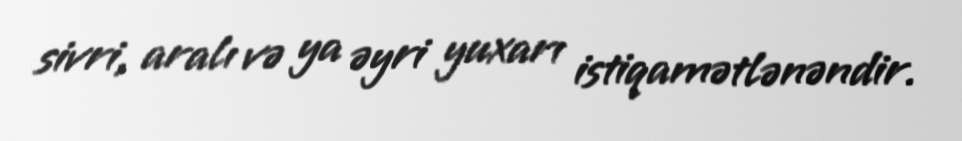
sivri, aralı və ya əyri yuxarı istiqamətlənəndir.